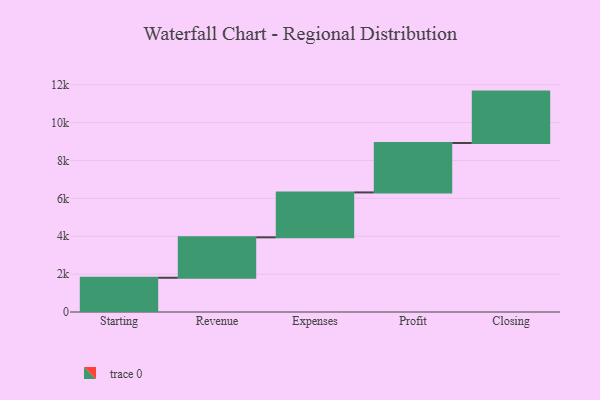
{"axis": {"x": "Step", "y": "Value"}, "legend": [""], "data": [{"x": "Starting", "y": 1808.0, "type": ""}, {"x": "Revenue", "y": 2135.0, "type": ""}, {"x": "Expenses", "y": 2372.0, "type": ""}, {"x": "Profit", "y": 2612.0, "type": ""}, {"x": "Closing", "y": 2713.0, "type": ""}]}